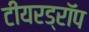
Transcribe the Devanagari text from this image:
टीयरड्रॉप